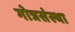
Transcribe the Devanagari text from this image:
गोत्रसंस्था